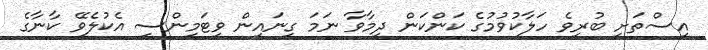
އިސްތަށި ބުރިވެ ހަލާކުވުމުގެ ކަންކަން ދިމާވާ ނަމަ ގިނައިން ވިޓަމިންސީ އެކުލެވޭ ކާނާގެ